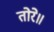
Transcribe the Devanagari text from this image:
तोरे॥